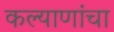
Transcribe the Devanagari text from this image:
कल्याणांचा